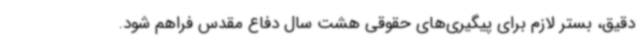
دقیق، بستر لازم برای پیگیری‌های حقوقی هشت سال دفاع مقدس فراهم شود.